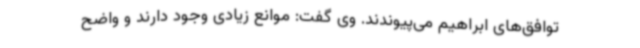
توافق‌های ابراهیم می‌پیوندند. وی گفت: موانع زیادی وجود دارند و واضح